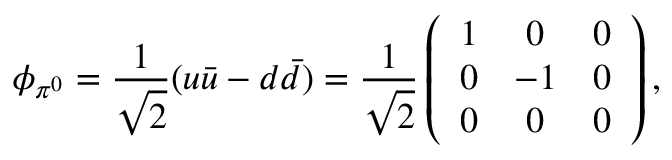
\ \phi _ { \pi ^ { 0 } } = \frac { 1 } { \sqrt { 2 } } ( u \bar { u } - d \bar { d } ) = \frac { 1 } { \sqrt { 2 } } \left( \begin{array} { c c c } { { 1 } } & { { 0 } } & { { 0 } } \\ { { 0 } } & { { - 1 } } & { { 0 } } \\ { { 0 } } & { { 0 } } & { { 0 } } \end{array} \right) ,